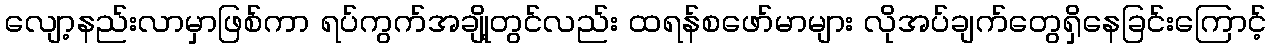
လျော့နည်းလာမှာဖြစ်ကာ ရပ်ကွက်အချို့တွင်လည်း ထရန်စဖော်မာများ လိုအပ်ချက်တွေရှိနေခြင်းကြောင့်